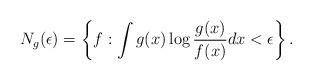
LaTeX: \begin{align*}N_{g}(\epsilon)=\left\{ f : \int g(x) \log\frac{g(x)}{f(x)}dx < \epsilon \right\}.\end{align*}